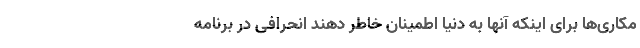
مکاری‌ها برای اینکه آنها به دنیا اطمینان خاطر دهند انحرافی در برنامه